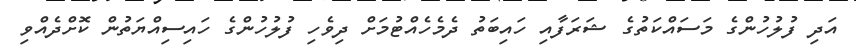
އަދި ފުލުހުންގެ މަސައްކަތުގެ ޝަރަފާއި ހައިބަތު ދެމެހެއްޓުމަށް ދިވެހި ފުލުހުންގެ ހައިސިއްޔަތުން ކޮށްދެއްވި